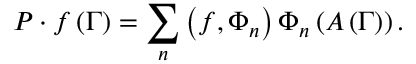
P \cdot f \left( \Gamma \right) = \sum _ { n } \left( f , \Phi _ { n } \right) \Phi _ { n } \left( A \left( \Gamma \right) \right) .